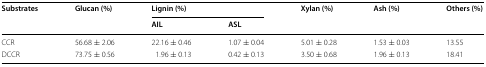
<table><thead><tr><td rowspan="2"><b>Substrates</b></td><td rowspan="2"><b>Glucan (%)</b></td><td colspan="2"><b>Lignin (%)</b></td><td rowspan="2"><b>Xylan (%)</b></td><td rowspan="2"><b>Ash (%)</b></td><td rowspan="2"><b>Others (%)</b></td></tr><tr><td><b>AIL</b></td><td><b>ASL</b></td></tr></thead><tbody><tr><td>CCR</td><td>56.68 ± 2.06</td><td>22.16 ± 0.46</td><td>1.07 ± 0.04</td><td>5.01 ± 0.28</td><td>1.53 ± 0.03</td><td>13.55</td></tr><tr><td>DCCR</td><td>73.75 ± 0.56</td><td>1.96 ± 0.13</td><td>0.42 ± 0.13</td><td>3.50 ± 0.68</td><td>1.96 ± 0.13</td><td>18.41</td></tr></tbody></table>